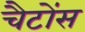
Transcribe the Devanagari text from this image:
चैटोंस